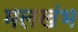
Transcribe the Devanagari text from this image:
मलखंभ